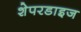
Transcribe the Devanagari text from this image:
शेपरडाइज